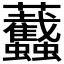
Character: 𧖡